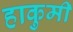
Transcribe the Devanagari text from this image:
हाकुमी